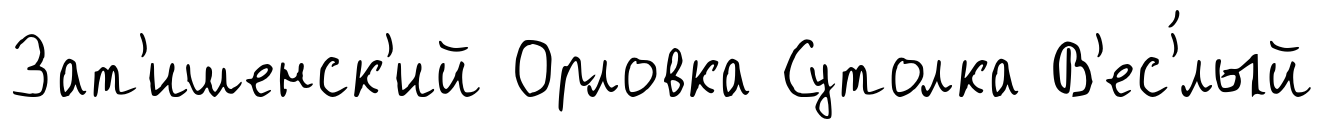
Зат'ишенск'ий Орловка Сутолка В'ес'́лый